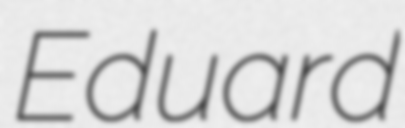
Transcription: Eduard